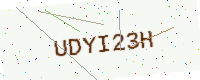
Text: UDYI23H